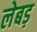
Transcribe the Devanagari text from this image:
लेबड़